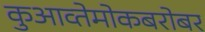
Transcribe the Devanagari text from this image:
कुआव्तेमोकबरोबर